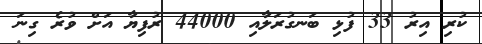
ކުރި އިރު 33 ފުޅި ބަނގުރަލާއި 44000 ރުފިޔާ އަށް ވުރެ ގިނަ